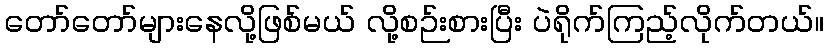
တော်တော်များနေလို့ဖြစ်မယ် လို့စဉ်းစားပြီး ပဲရိုက်ကြည့်လိုက်တယ်။